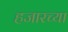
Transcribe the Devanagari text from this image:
हजारच्या